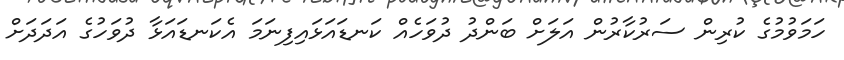
ހަމަވުމުގެ ކުރިން ސަރުކާރުން އަލަށް ބަންދު ދުވަހެއް ކަނޑައަޅައިފިނަމަ އެކަނޑައަޅާ ދުވަހުގެ އަދަދަށް